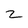
Character: 2